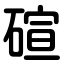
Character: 碹